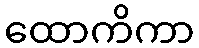
ထောကိကာ